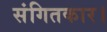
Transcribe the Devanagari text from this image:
संगितकार।